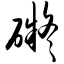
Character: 碍